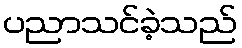
ပညာသင်ခဲ့သည်